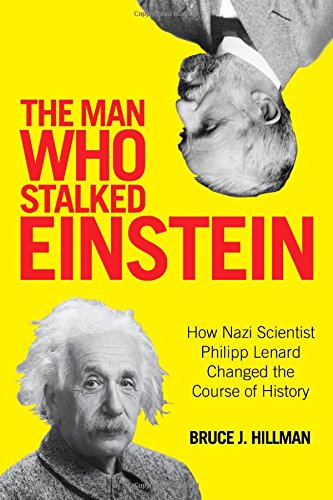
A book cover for The Man Who Stalked Einstein: How Nazi Scientist Philipp Lenard Changed the Course of History; Bruce J. Hillman; Science & Math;